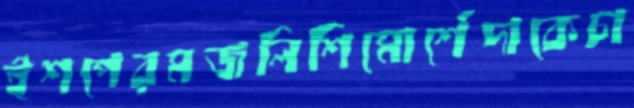
ইশপেরমজলিশিমোর্শেদাকেচা